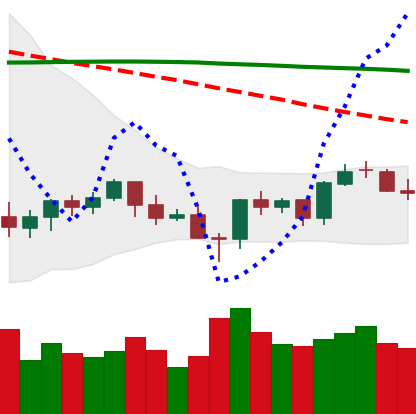
Ticker: BTC-USD
Chart end date: 2021-06-17
Forward return: -14.579%
Label: down_7plus